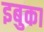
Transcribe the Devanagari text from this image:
इबुका